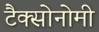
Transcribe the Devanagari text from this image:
टैक्सोनोमी